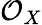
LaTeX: {\mathcal{O}}_{X}